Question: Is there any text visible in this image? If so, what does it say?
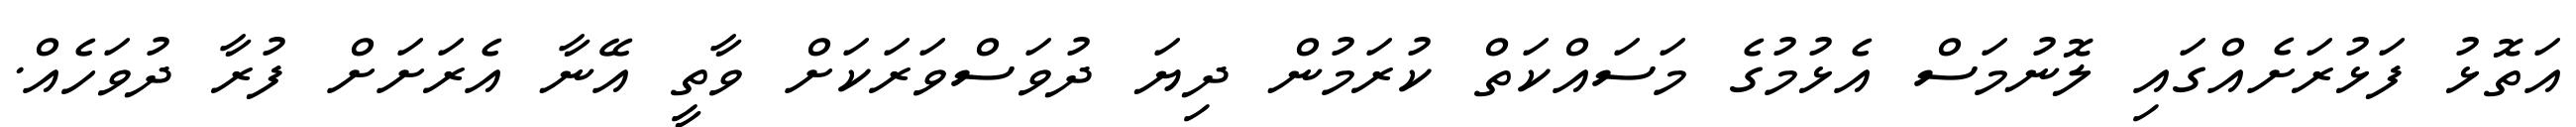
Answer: އަތޮޅު ފަޅުރަށެއްގައި ލޮނުމަސް އެޅުމުގެ މަސައްކަތް ކުރަމުން ދިޔަ ދުވަސްވަރަކަށް ވާތީ އޭނާ އެރަށަށް ފުރާ ދުވަހެއް.